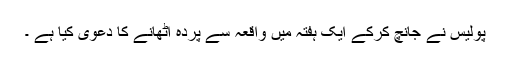
پولیس نے جانچ کرکے ایک ہفتہ میں واقعہ سے پردہ اٹھانے کا دعوی کیا ہے ۔